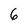
Character: 6